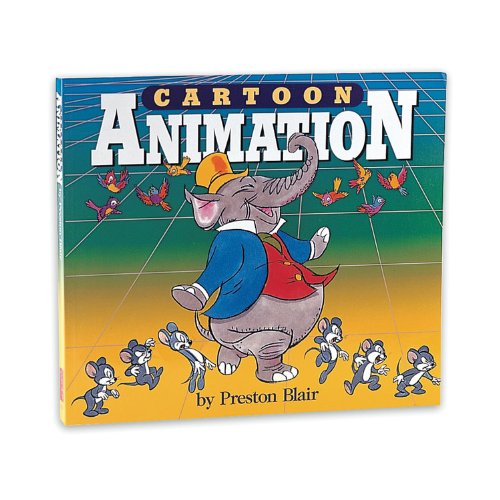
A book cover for Cartoon Animation (Collector's Series); Preston Blair; Comics & Graphic Novels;